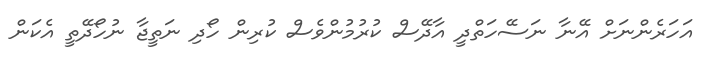
އަހަރެންނަށް އޭނާ ނަސޭހަތްދީ އާދޭސް ކުރުމުންވެސް ކުރިން ހޯދި ނަތީޖާ ނުހޯދޭތީ އެކަން